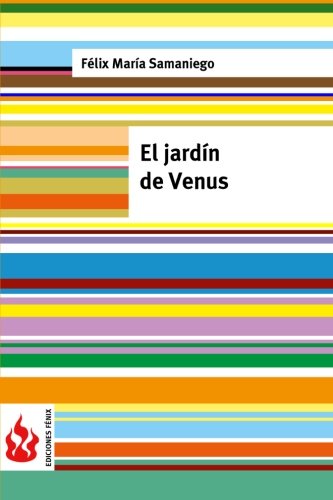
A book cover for El jardÃ­n de Venus: (low cost). EdiciÃ³n limitada (Ediciones FÃ©nix) (Spanish Edition); FÃ©lix MarÃ­a Samaniego; Romance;